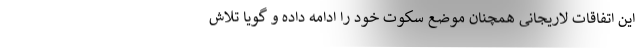
این اتفاقات لاریجانی همچنان موضع سکوت خود را ادامه داده و گویا تلاش